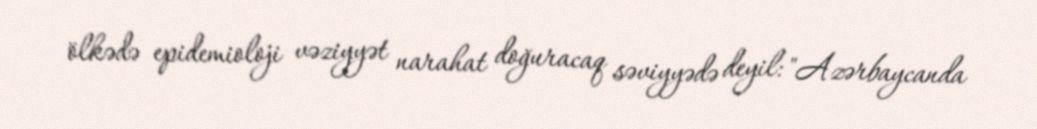
ölkədə epidemioloji vəziyyət narahat doğuracaq səviyyədə deyil: "Azərbaycanda